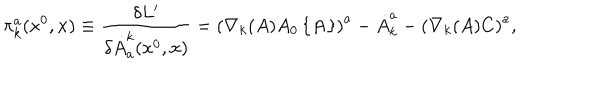
\pi _ { k } ^ { a } ( x ^ { 0 } , { \bf x } ) \equiv \frac { \delta L ^ { \prime } } { \delta \dot { A } _ { a } ^ { k } ( x ^ { 0 } , { \bf x } ) } = \left( \nabla _ { k } ( A ) A _ { 0 } \left\{ { \bf A } \right\} \right) ^ { a } - \dot { A } _ { k } ^ { a } - \left( \nabla _ { k } ( A ) C \right) ^ { a } ,